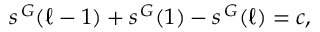
s ^ { \, \cal G } ( \ell - 1 ) + s ^ { \, \cal G } ( 1 ) - s ^ { \, \cal G } ( \ell ) = c ,